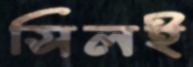
সিলই